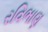
રવિભાણ